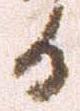
日